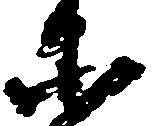
等